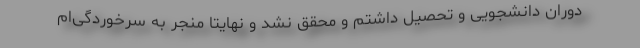
دوران دانشجویی و تحصیل داشتم و محقق نشد و نهایتاً منجر به سرخوردگی‌ام